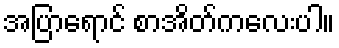
အပြာရောင် စာအိတ်ကလေးပါ။